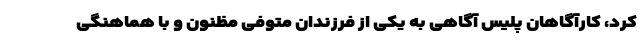
کرد، کارآگاهان پلیس آگاهی به یکی از فرزندان متوفی مظنون و با هماهنگی